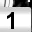
Digit: 1